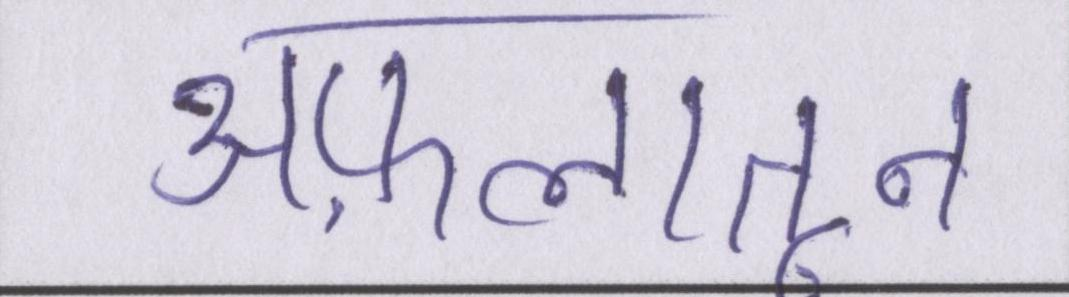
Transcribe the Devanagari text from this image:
अफ़लातून